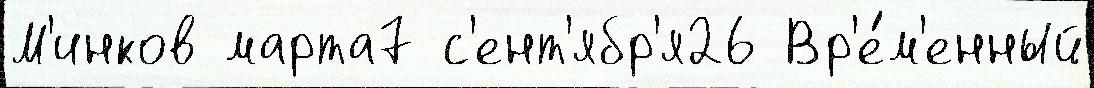
М'инков марта7 с'ент'ябр'я26 Вр'е́м'енный